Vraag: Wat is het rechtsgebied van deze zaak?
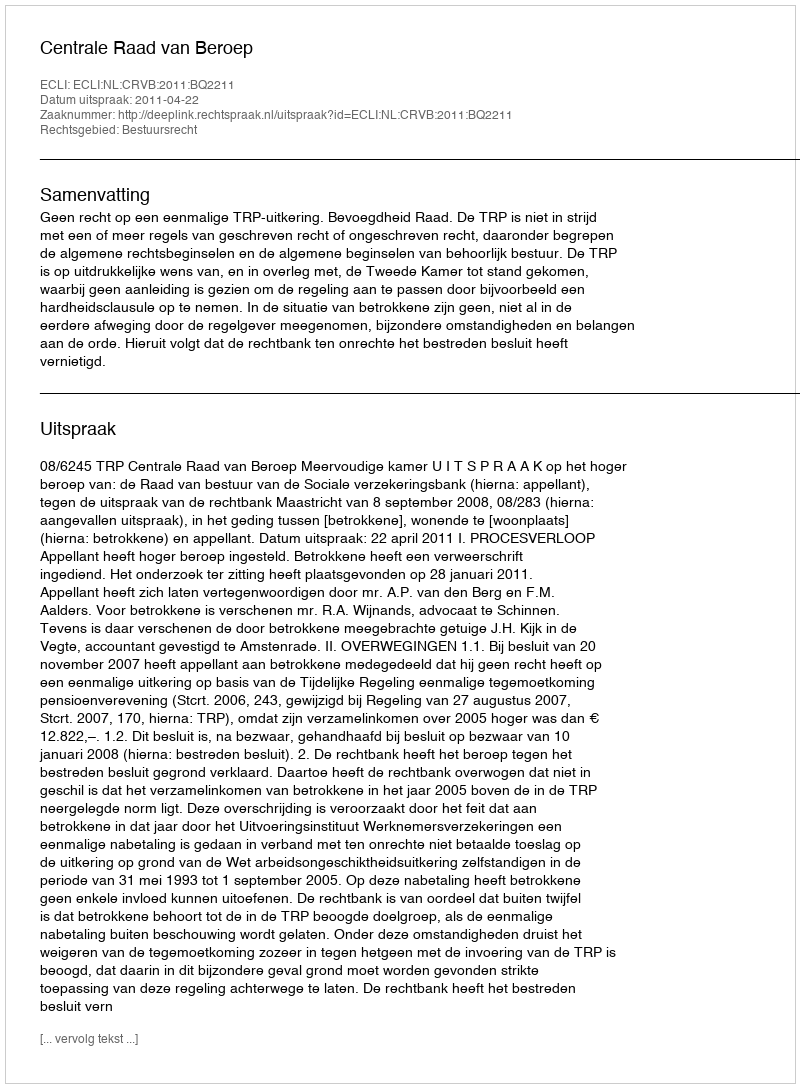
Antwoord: Bestuursrecht